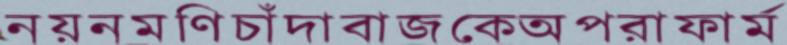
নয়নমণিচাঁদাবাজকেঅপরাফার্ম